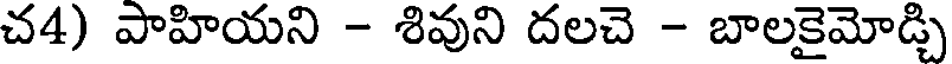
చ4) పాహియని - శివుని దలచె - బాలకైమోడ్చి